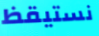
نستيقظ